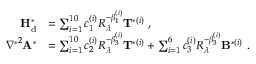
\begin{array} { r l } { { \mathbf { H } } _ { \mathrm { d } } ^ { * } } & { = \sum _ { i = 1 } ^ { 1 0 } c _ { 1 } ^ { ( i ) } R _ { \lambda } ^ { - \beta _ { 1 } ^ { ( i ) } } { \mathbf { T } } ^ { * ( i ) } \ , } \\ { { \nabla ^ { * } } ^ { 2 } { \mathbf { A } } ^ { * } } & { = \sum _ { i = 1 } ^ { 1 0 } c _ { 2 } ^ { ( i ) } R _ { \lambda } ^ { - \beta _ { 3 } ^ { ( i ) } } { \mathbf { T } } ^ { * ( i ) } + \sum _ { i = 1 } ^ { 6 } c _ { 3 } ^ { ( i ) } R _ { \lambda } ^ { - \beta _ { 3 } ^ { ( i ) } } { \mathbf { B } } ^ { * ( i ) } \ . } \end{array}